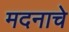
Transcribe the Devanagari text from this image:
मदनाचे